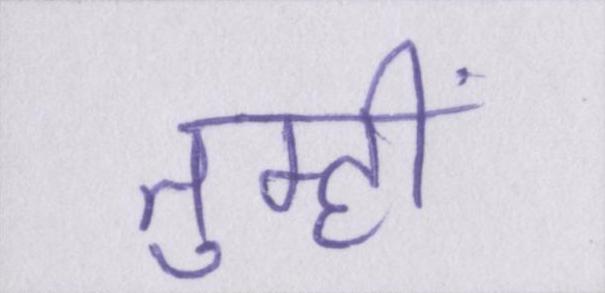
तुम्हीं